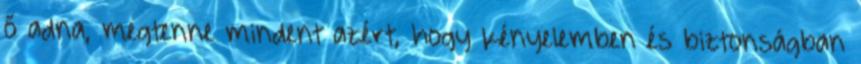
ő adna, megtenne mindent azért, hogy kényelemben és biztonságban